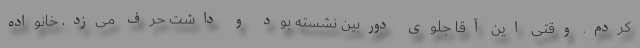
کردم. وقتی این آقا جلوی دوربین نشسته بود و داشت حرف می‌زد، خانواده